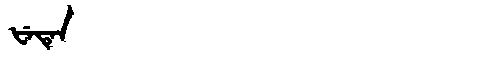
Manchu: ᡶᡝᡨᡝᠨ
Romanization: FETEN